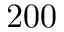
2 0 0